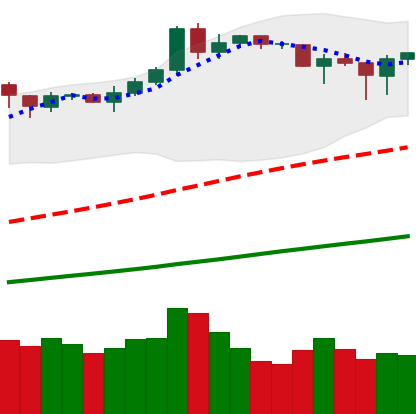
Ticker: BNB-USD
Chart end date: 2019-04-13
Forward return: 17.728%
Label: up_7plus